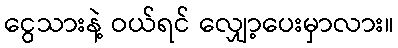
ငွေသားနဲ့ ဝယ်ရင် လျှော့ပေးမှာလား။